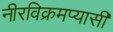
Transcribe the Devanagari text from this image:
नीरविक्रमप्यासी